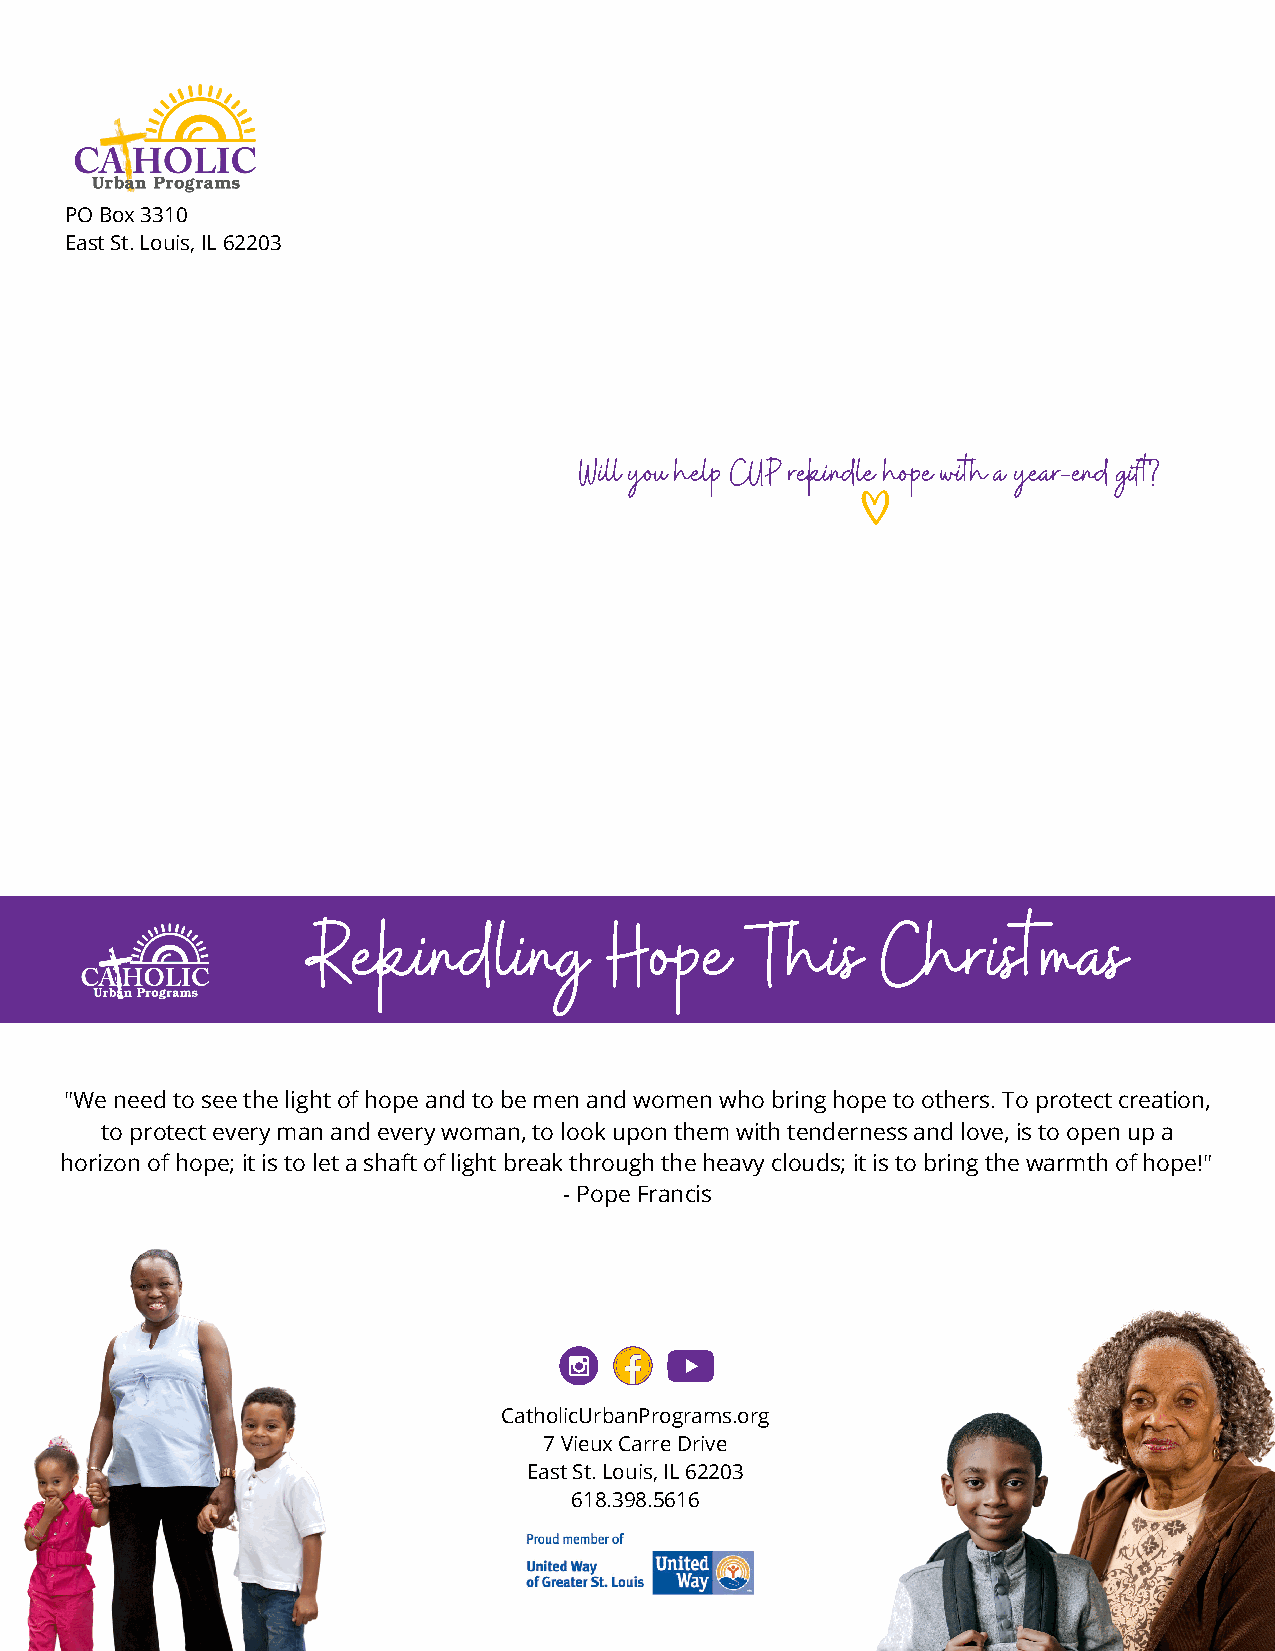
PO Box 3310
 East St. Louis, IL 62203
 Will you help CUP rekindle hope with a year-end gift?
 Rekindling          Hope      This    Christmas
 "We need to see the light of hope and to be men and women who bring hope to others. To protect creation,
 to protect every man and every woman, to look upon them with tenderness and love, is to open up a
 horizon of hope; it is to let a shaft of light break through the heavy clouds; it is to bring the warmth of hope!"
 - Pope Francis
 CatholicUrbanPrograms.org
 7 Vieux Carre Drive
 East St. Louis, IL 62203
 618.398.5616